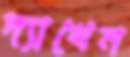
দ্যাখেন